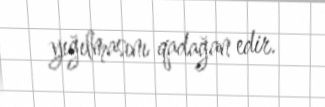
yığılmasını qadağan edir.